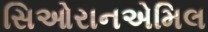
સિઓરાનએમિલ